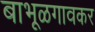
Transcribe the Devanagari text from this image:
बाभूळगावकर